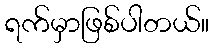
ရက်မှာဖြစ်ပါတယ်။